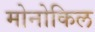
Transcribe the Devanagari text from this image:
मोनोकिल